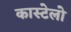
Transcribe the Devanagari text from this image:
कास्टेलो